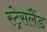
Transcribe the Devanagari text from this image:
स्ट्रेसलैंड